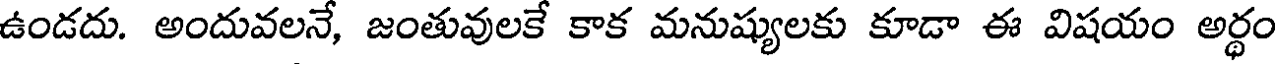
ఉండదు. అందువలనే, జంతువులకే కాక మనుష్యులకు కూడా ఈ విషయం అర్థం